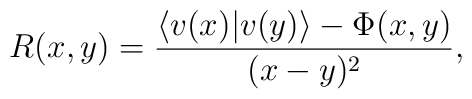
R(x,y)=\frac{\langle v(x)|v(y)\rangle-\Phi(x,y)}{(x-y)^2},